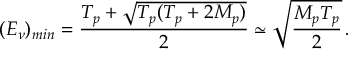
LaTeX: ( E _ { \nu } ) _ { m i n } = \frac { T _ { p } + \sqrt { T _ { p } ( T _ { p } + 2 M _ { p } ) } } { 2 } \simeq \sqrt { \frac { M _ { p } T _ { p } } { 2 } } \, .